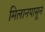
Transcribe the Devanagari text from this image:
मिलानपासून